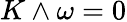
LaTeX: K\wedge\omega=0